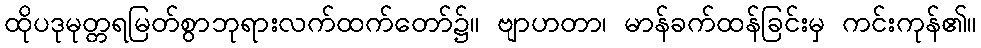
ထိုပဒုမုတ္တရမြတ်စွာဘုရားလက်ထက်တော်၌။ ဗျာဟတာ၊ မာန်ခက်ထန်ခြင်းမှ ကင်းကုန်၏။